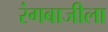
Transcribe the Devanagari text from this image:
रंगबाजीला